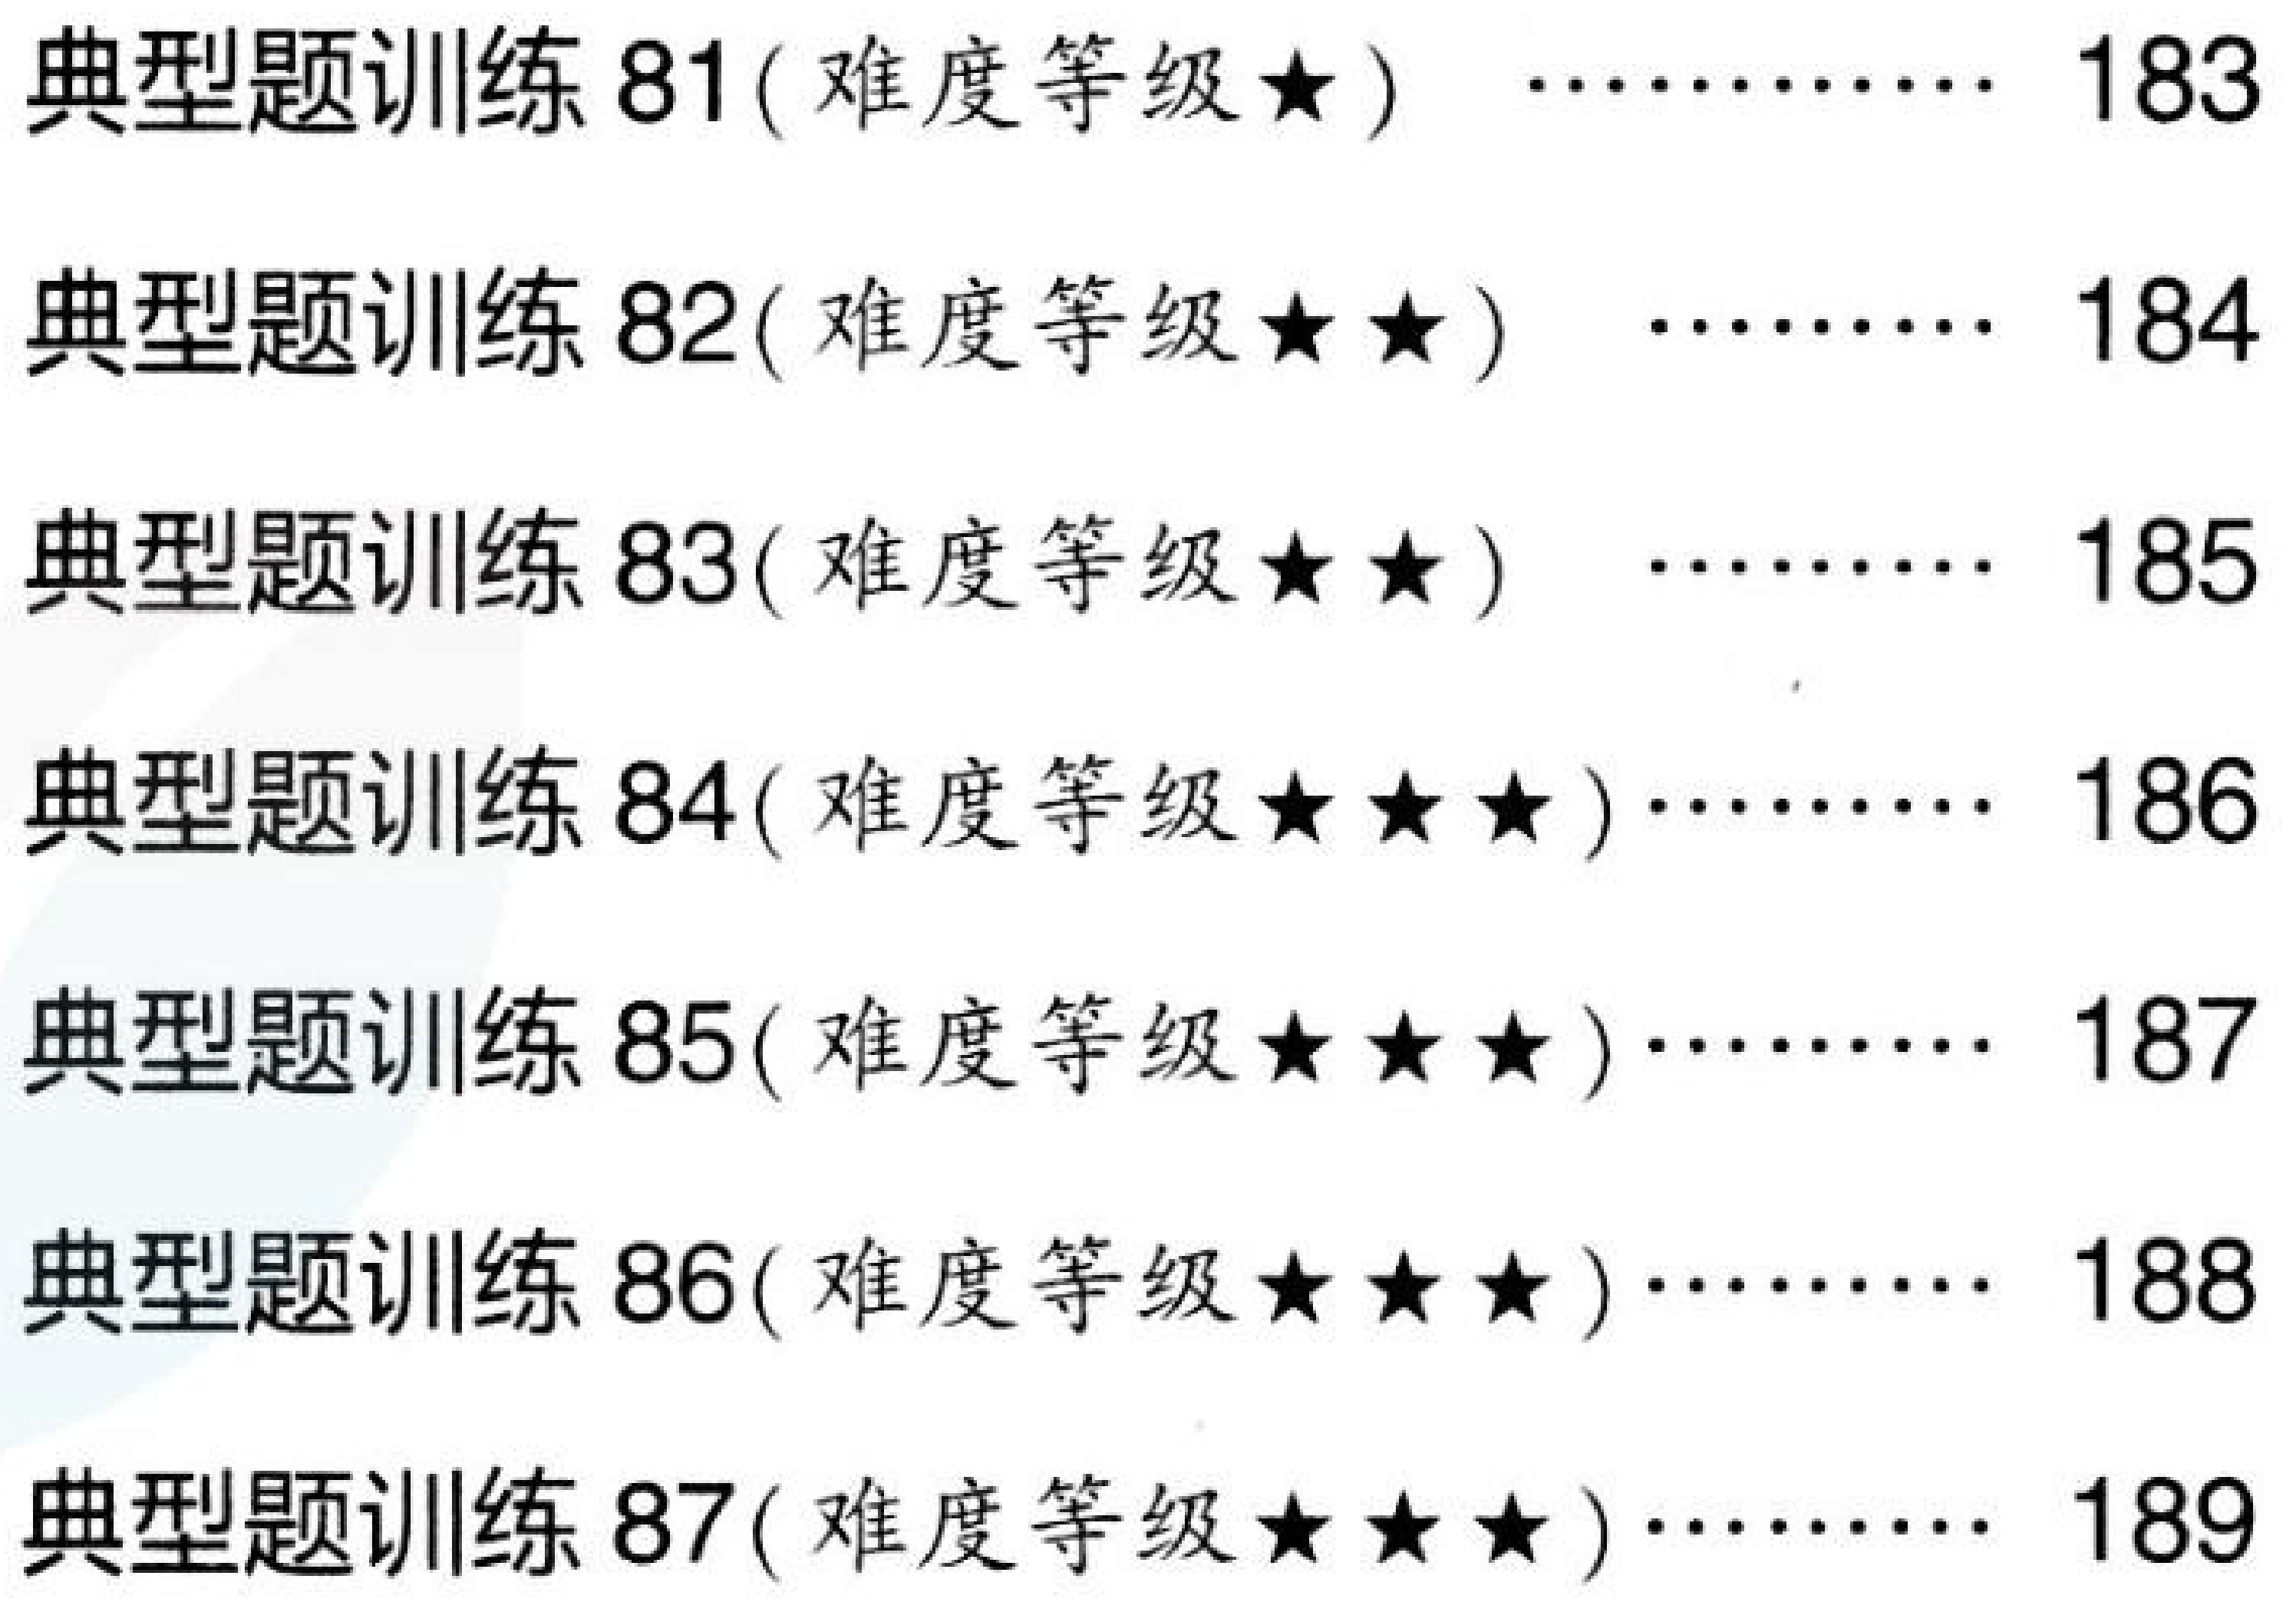
典型题训练 81(难度等级$\star$) $\cdots\cdots\cdots$ 183
典型题训练 82(难度等级$\star\star$) $\cdots\cdots\cdots$ 184
典型题训练 83(难度等级$\star\star$) $\cdots\cdots\cdots$ 185
典型题训练 84(难度等级$\star\star\star$)$\cdots\cdots\cdots$ 186
典型题训练 85(难度等级$\star\star\star$)$\cdots\cdots\cdots$ 187
典型题训练 86(难度等级$\star\star\star$)$\cdots\cdots\cdots$ 188
典型题训练 87(难度等级$\star\star\star$)$\cdots\cdots\cdots$ 189